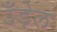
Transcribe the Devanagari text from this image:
उँड़ेल